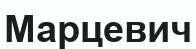
Марцевич